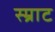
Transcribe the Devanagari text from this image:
स्म्राट